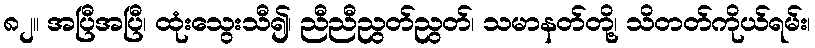
၈၂။ အပြီအပြီ၊ ထုံးသွေးသီ၍၊ ညီညီညွတ်ညွတ်၊ သမာနတ်တို့၊ သိတတ်ကိုယ်ရမ်း၊